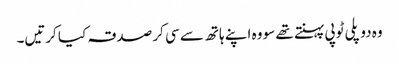
وہ دو پلی ٹوپی پہنتے تھے سو وہ اپنے ہاتھ سے سی کر صدقہ کیا کرتیں۔